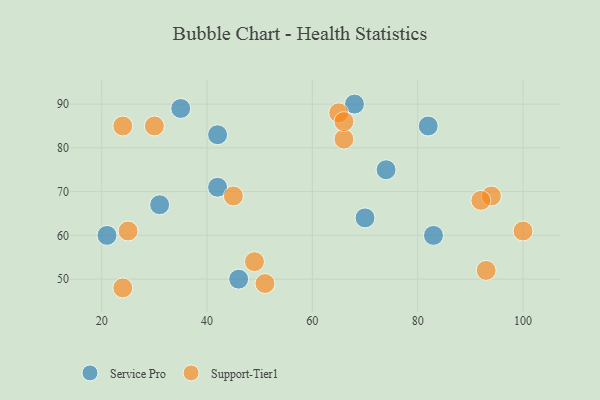
{"axis": {"x": "GDP", "y": "Life Expectancy"}, "legend": ["Service Pro", "Support-Tier1"], "data": [{"x": "35", "y": 89, "type": "Service Pro"}, {"x": "31", "y": 67, "type": "Service Pro"}, {"x": "42", "y": 71, "type": "Service Pro"}, {"x": "21", "y": 60, "type": "Service Pro"}, {"x": "74", "y": 75, "type": "Service Pro"}, {"x": "42", "y": 83, "type": "Service Pro"}, {"x": "70", "y": 64, "type": "Service Pro"}, {"x": "82", "y": 85, "type": "Service Pro"}, {"x": "83", "y": 60, "type": "Service Pro"}, {"x": "46", "y": 50, "type": "Service Pro"}, {"x": "68", "y": 90, "type": "Service Pro"}, {"x": "25", "y": 61, "type": "Support-Tier1"}, {"x": "45", "y": 69, "type": "Support-Tier1"}, {"x": "94", "y": 69, "type": "Support-Tier1"}, {"x": "30", "y": 85, "type": "Support-Tier1"}, {"x": "49", "y": 54, "type": "Support-Tier1"}, {"x": "92", "y": 68, "type": "Support-Tier1"}, {"x": "100", "y": 61, "type": "Support-Tier1"}, {"x": "65", "y": 88, "type": "Support-Tier1"}, {"x": "24", "y": 48, "type": "Support-Tier1"}, {"x": "51", "y": 49, "type": "Support-Tier1"}, {"x": "93", "y": 52, "type": "Support-Tier1"}, {"x": "24", "y": 85, "type": "Support-Tier1"}, {"x": "66", "y": 82, "type": "Support-Tier1"}, {"x": "66", "y": 86, "type": "Support-Tier1"}]}